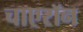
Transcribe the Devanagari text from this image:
चाएरॉन